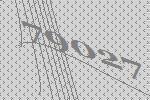
79027